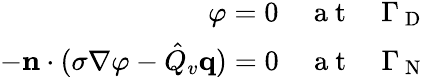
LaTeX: \begin{array}{r}{\varphi=0\quad\mathrm{~a~t~}\quad\Gamma_{\mathrm{~D~}}}\\ {-\mathbf{n}\cdot(\sigma\nabla\varphi-\hat{Q}_{v}\mathbf{q})=0\quad\mathrm{~a~t~}\quad\Gamma_{\mathrm{~N~}}}\end{array}